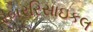
રબરરિસાઇકલ